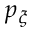
p _ { \xi }